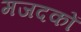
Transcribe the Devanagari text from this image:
मजदकों